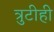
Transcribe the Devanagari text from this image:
त्रुटीही